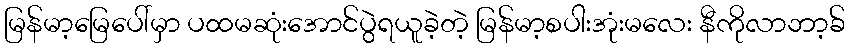
မြန်မာ့မြေပေါ်မှာ ပထမဆုံးအောင်ပွဲရယူခဲ့တဲ့ မြန်မာ့စပါးအုံးမလေး နီကိုလာဘာ့ခ်